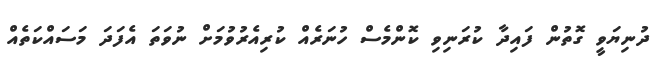
ދުނިޔަވީ ގޮތުން ފައިދާ ކުރަނިވި ކޮންމެސް ހުނަރެއް ކުރިއެރުވުމަށް ނުވަތަ އެފަދަ މަސައްކަތެއް